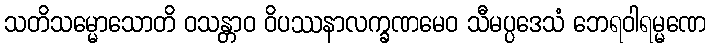
သတိသမ္မောသောတိ ဝသန္တာဝ ဝိပဿနာလက္ခဏမေဝ သီမပ္ပဒေသံ ဘေရဝါရမ္မဏေ